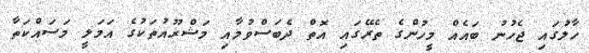
ހާލުގައި ޖެހުނު ބައެއް މީހުންގެ ތެރޭގައި އޮތް ދެބަސްވުމާއި މަޝްރޫއުތަކުގެ އަމަލީ މަސައްކަތާ